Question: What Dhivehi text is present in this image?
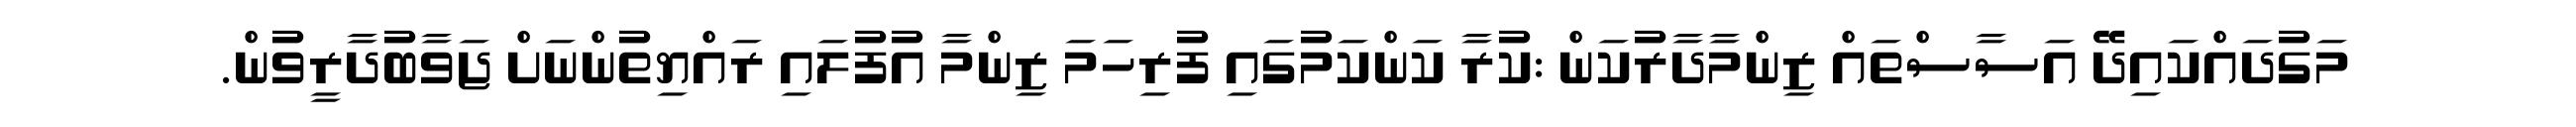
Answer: މަގުދައްކައިދޭ އަސާސްތައް ޒިންމާދާރުކަން :ކުރާ ކަންކަމުގައި ފުރިހަމަ ޒިންމާ އުފުލައި ރައްޔިތުންނަށް ޖަވާބުދާރީވުން.